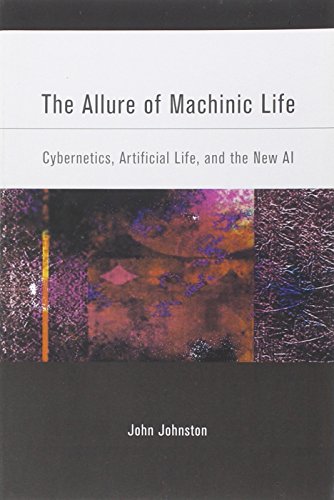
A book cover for The Allure of Machinic Life: Cybernetics, Artificial Life, and the New AI (Bradford Books); John Johnston; Computers & Technology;